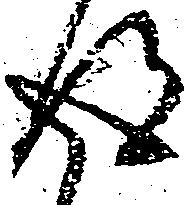
得